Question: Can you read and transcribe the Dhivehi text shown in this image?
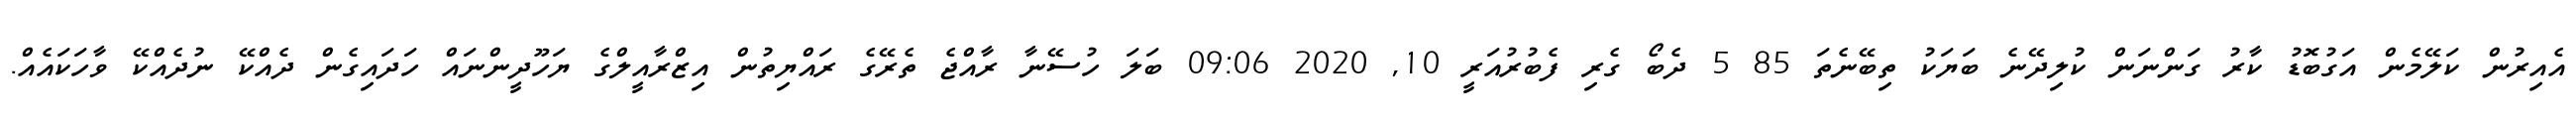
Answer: އެއިރުން ކަލޭމެން އަގުބޮޑު ކާރު ގަންނަން ކުލިދޭނެ ބަޔަކު ތިބޭނެތަ 85 5 ދެބޯ ގެރި ފެބުރުއަރީ 10, 2020 09:06 ބަލަ ހުސޭނާ ރާއްޖެ ތެރޭގެ ރައްޔިތުން އިޒްރާއީލްގެ ޔަހޫދީންނައް ހަދައިގެން ދެއްކޭ ނުދެއްކޭ ވާހަކައެއް.